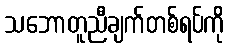
သဘောတူညီချက်တစ်ရပ်ကို